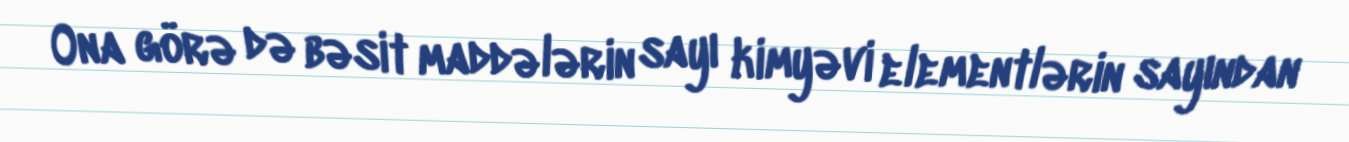
Ona görə də bəsit maddələrin sayı kimyəvi elementlərin sayından